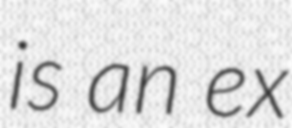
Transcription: is an ex